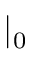
\lvert _ { 0 }